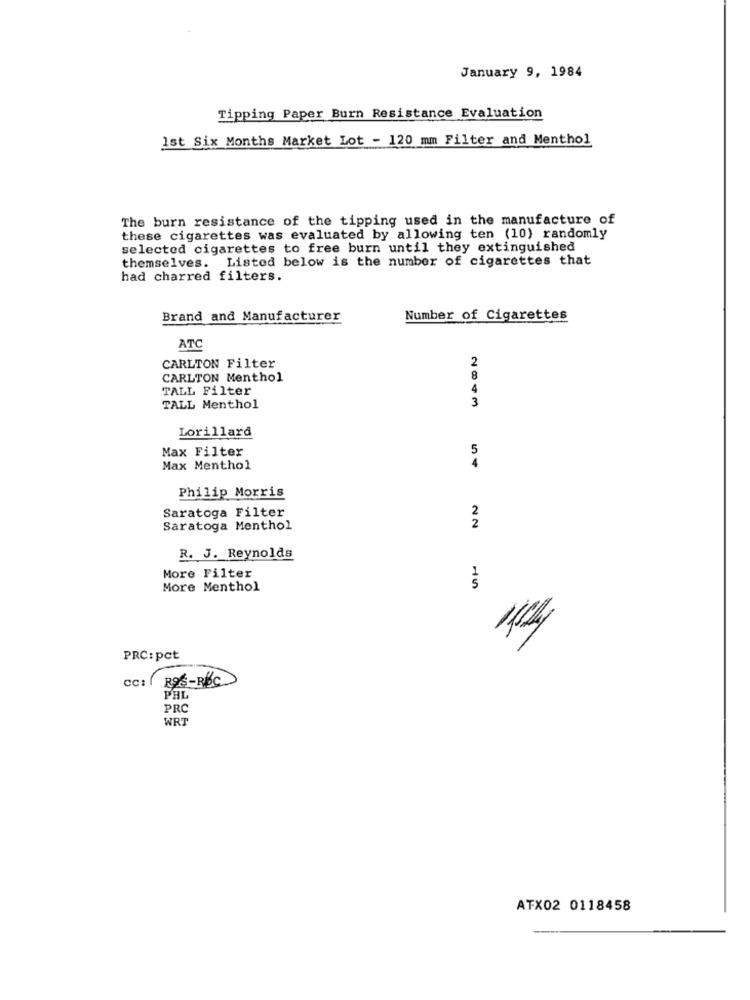
January 9, 1984
Tipping Paper Burn Resistance Evaluation
Ist Six Months Market Lot - 120 mm Filter and Menthol
The burn resistance of the tipping used in the manufacture of
these cigarettes was evaluated by allowing ten (10) randomly
selected cigarettes to free burn until they extinguished
themselves. Listed below is the number of cigarettes that
had charred filters.
Brand and Manufacturer
Number of Cigarettes
ATC
2
CARLTON Filter
CARLTON Menthol
8
TALL Filter
4
TALL Menthol
3
Lorillard
Max Filter
5
Max Menthol
Philip Morris
Saratoga Filter
2
Saratoga Monthol
2
R. J. Reynolds
More Filter
More Menthol
15
PRC: pct
cc: { ROS-RBC
PHL
PRC
WRT
ATX02 0118458